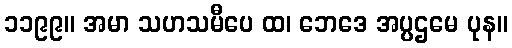
၁၁၉၉။ အမာ သဟသမီပေ ထ၊ ဘေဒေ အပ္ပဌမေ ပုန။